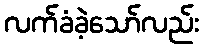
လက်ခံခဲ့သော်လည်း